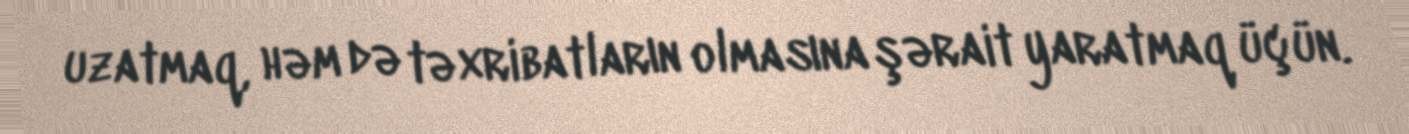
uzatmaq, həm də təxribatların olmasına şərait yaratmaq üçün.